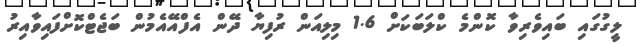
ލީގުގައި ބައިވެރިވާ ކޮންމެ ކްލަބަކަށް 1.6 މިލިއަން ރުފިޔާ ދޭން އެފްއޭއެމުން ބަޖެޓްކޮށްފައިވާއިރު